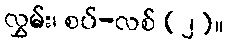
လွှမ်း၊ စပ်-လစ် (၂)။